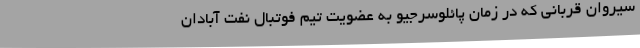
سیروان قربانی که در زمان پائلوسرجیو به عضویت تیم فوتبال نفت آبادان